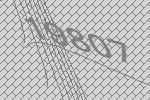
19807